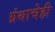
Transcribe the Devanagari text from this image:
ग्रंथाचेही